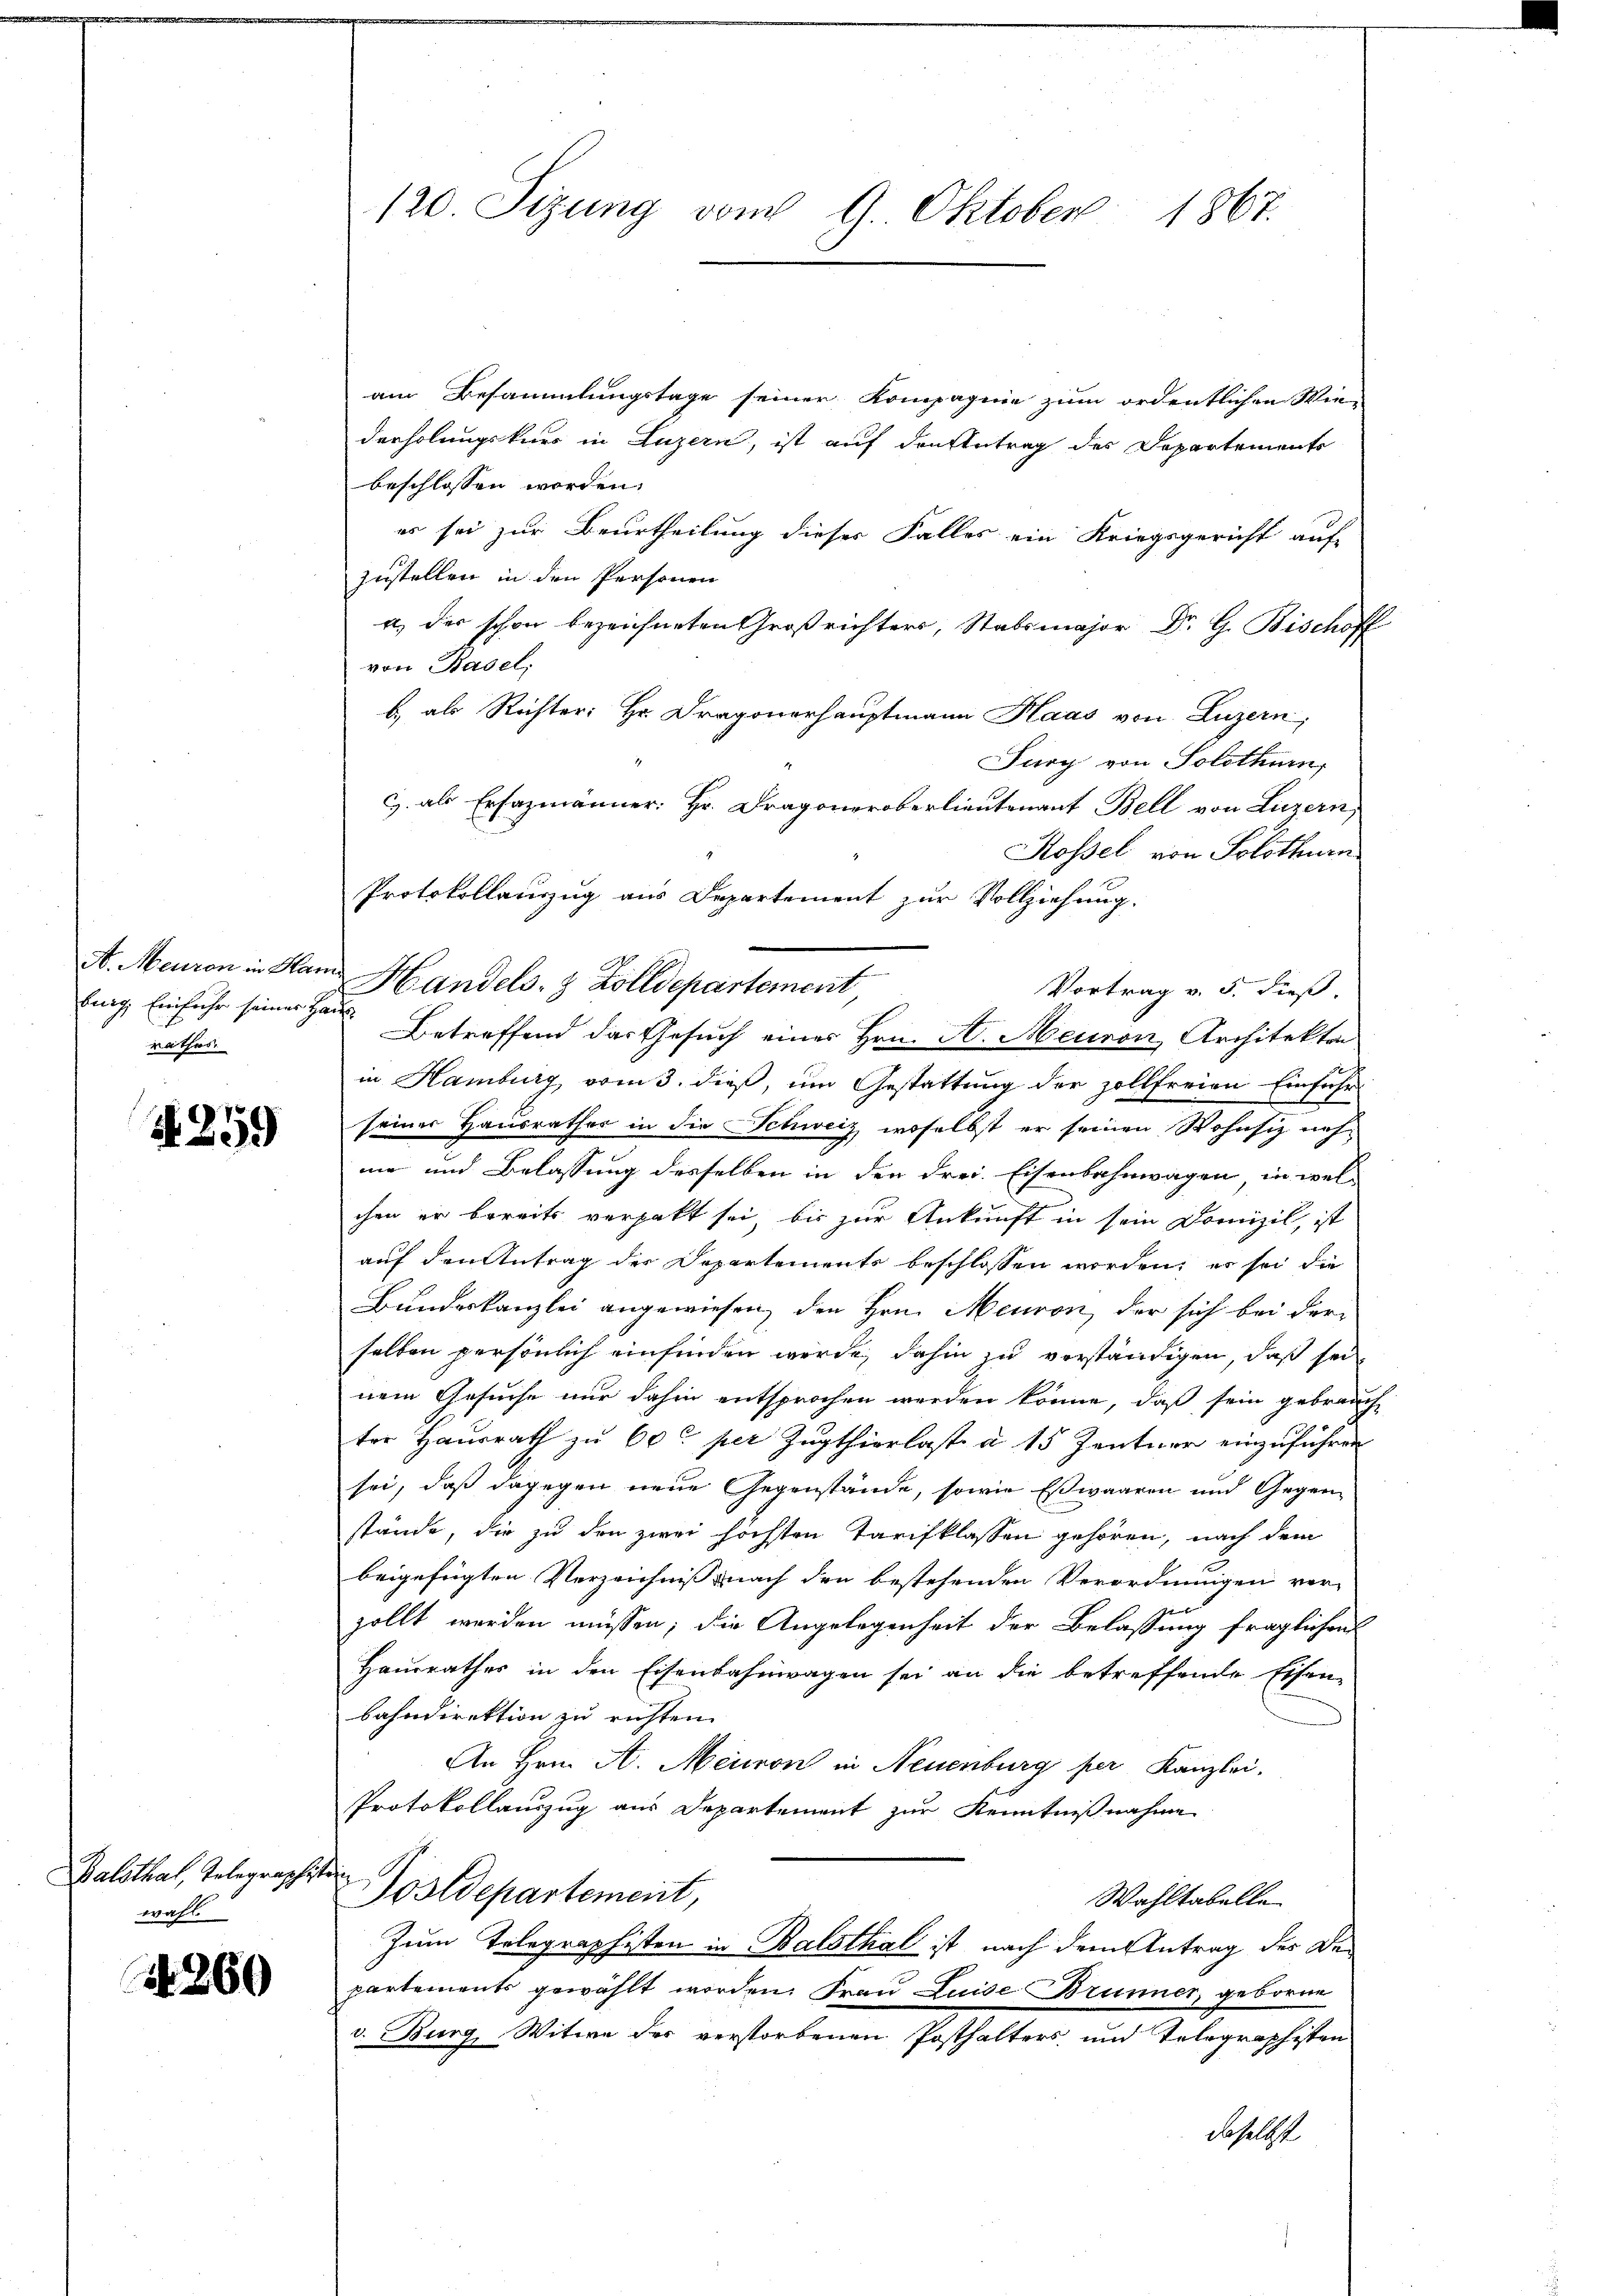
burg, Einfuhr seiner Hau
rathes.

S. 259

Balsthal, Telegraphistoi
wahl.

44260

120. Sizung vom 9. Oktober 1867.

am Besammlungstage seiner Kompagnie zum ordentlichen Wie-
derholungskurs in Luzern, ist auf den Antrag des Departements
beschlossen worden.
es sei zur Beurtheilung dieser Falles ein Kriegsgericht auf-
zustellen in den Personen
a, der schon bezeichneten Großrichters, Stabsmajor Dr. G. Bischoff
von Basel,
b als Richter: Hr. Dragonerhauptmann Haas von Luzern,
Jury von Solothurn,
c als Erfazmänner. Hr. Dragoneroberlieutenant Bell von Luzern,
Rossel von Solothurn
Protokollauszug aus Departement zur Vollziehung.
A. Meuron in Ham Handels- & Zolldepartement
Vortrag v. 5. dieß.
Betreffend das Gesuch eines Hrn. A. Meuron, Architektor
in Hamburg, vom 3. dieß, um Gestattung der zollfreien Einführ
seiner Hausrathes in die Schweiz, woselbst er seinen Wohnsitz noch
me und Belassung desselben in den drei Eisenbahnwagen in wel-
chen er bereits verhalt sei, bis zur Ankunft in sein Domizil, ist
auf den Antrag der Departemente beschlossen worden, er sei die
Bundeskanzlei angewiesen, den Hrn. Meuron, der sich bei der
selben persönlich einfinden werde, dahin zu verständigen, daß sei
nem Gesuche nur dahin entsprochen werden könne, daß sein gebrauch-
ter Hausrath zu 60t per Zugthierlast a 15 Zentner einzuführen
sei, daß dagegen neue Gegenstände, sowie Esswaaren und Gegen-
stände, die zu den zwei höchsten Tarifklassen gehören, nach dem
beigefügten Verzeichnis nach den bestehenden Verordnungen ver-
zollt werden müssen; die Angelegenheit der Belassung fraglichen
Hausrathes in den Eisenbahnwagen sei an die betreffende Eisen-
bahndirektion zu richten.
An Hrn. A. Meieren in Neuenburg per Kanzlei.
Protokollauszug aus Departement zur Kenntnißnahme
ostdepartement,
Wahltabelle
Zum Telegraphisten in Balsthal ist nach dem Antrag des Bepartements gewählt worden. Frau Luise Brunner, geborne
v. Burg, Witwe des verstorbenen Posthalters und Telegraphisten
daselbst